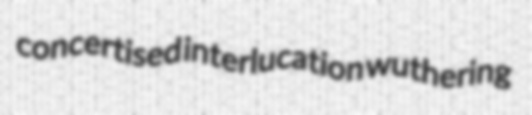
concertised interlucation wuthering